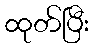
ထုတ်ပြီး